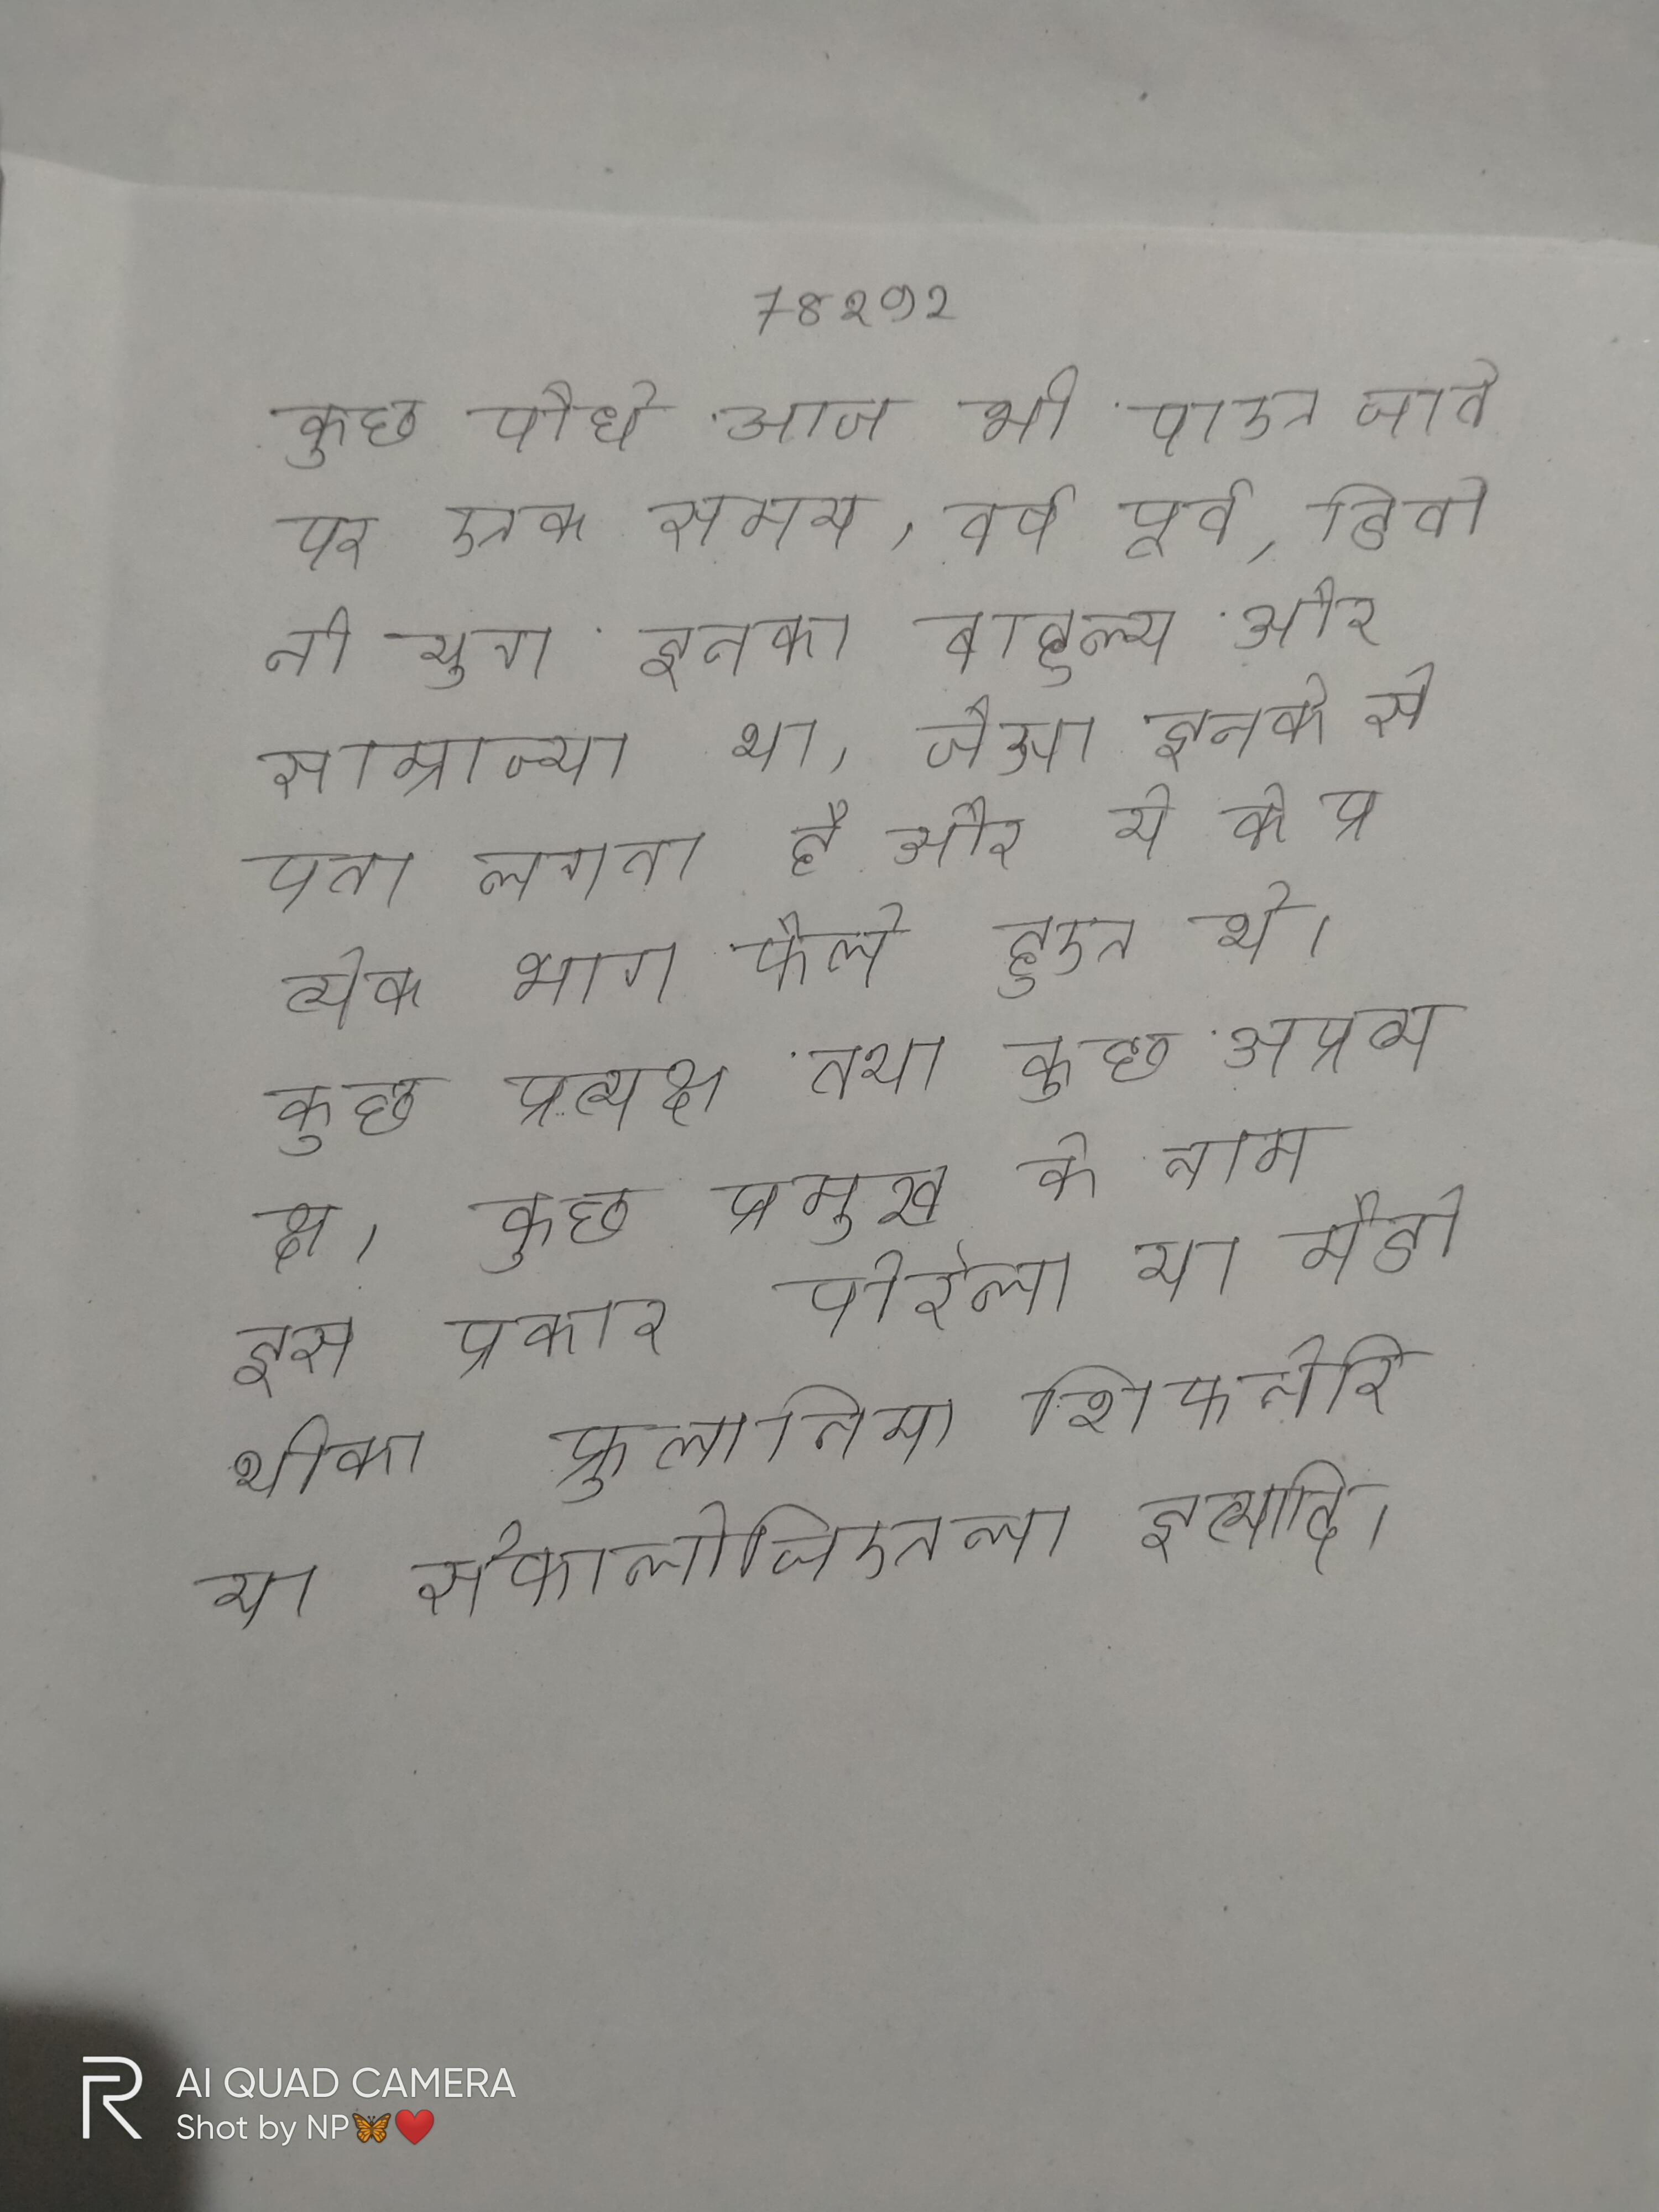
कुछ पौधे आज भी पाए जाते पर एक समय, वर्ष पूर्व, डिवोनी युग इनका बाहुल्य और साम्राज्य था, जैसा इनके से पता लगता है और ये के प्रत्येक भाग फैले हुए थे । कुछ प्रत्यक्ष तथा कुछ अप्रत्यक्ष । कुछ प्रमुख के नाम इस प्रकार पोरेला या मैडोथीका फ्रुलानिया शिफनेरिया सेफालोजिएला इत्यादि ।